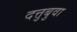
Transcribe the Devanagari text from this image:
दत्तुबुवा